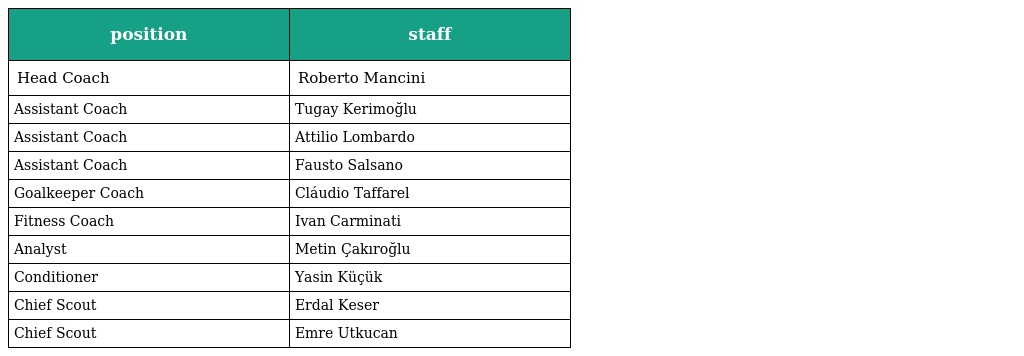
| position | staff |
 | --- | --- |
 | Head Coach | Roberto Mancini |
 | Assistant Coach | Tugay Kerimoğlu |
 | Assistant Coach | Attilio Lombardo |
 | Assistant Coach | Fausto Salsano |
 | Goalkeeper Coach | Cláudio Taffarel |
 | Fitness Coach | Ivan Carminati |
 | Analyst | Metin Çakıroğlu |
 | Conditioner | Yasin Küçük |
 | Chief Scout | Erdal Keser |
 | Chief Scout | Emre Utkucan |